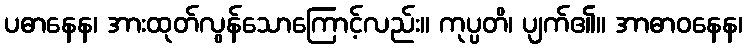
ပဓာနေန၊ အားထုတ်လွန်သောကြောင့်လည်း။ ကုပ္ပတိ၊ ပျက်၏။ အာဓာဝနေန၊